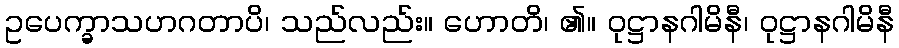
ဥပေက္ခာသဟဂတာပိ၊ သည်လည်း။ ဟောတိ၊ ၏။ ဝုဋ္ဌာနဂါမိနီ၊ ဝုဋ္ဌာနဂါမိနီ